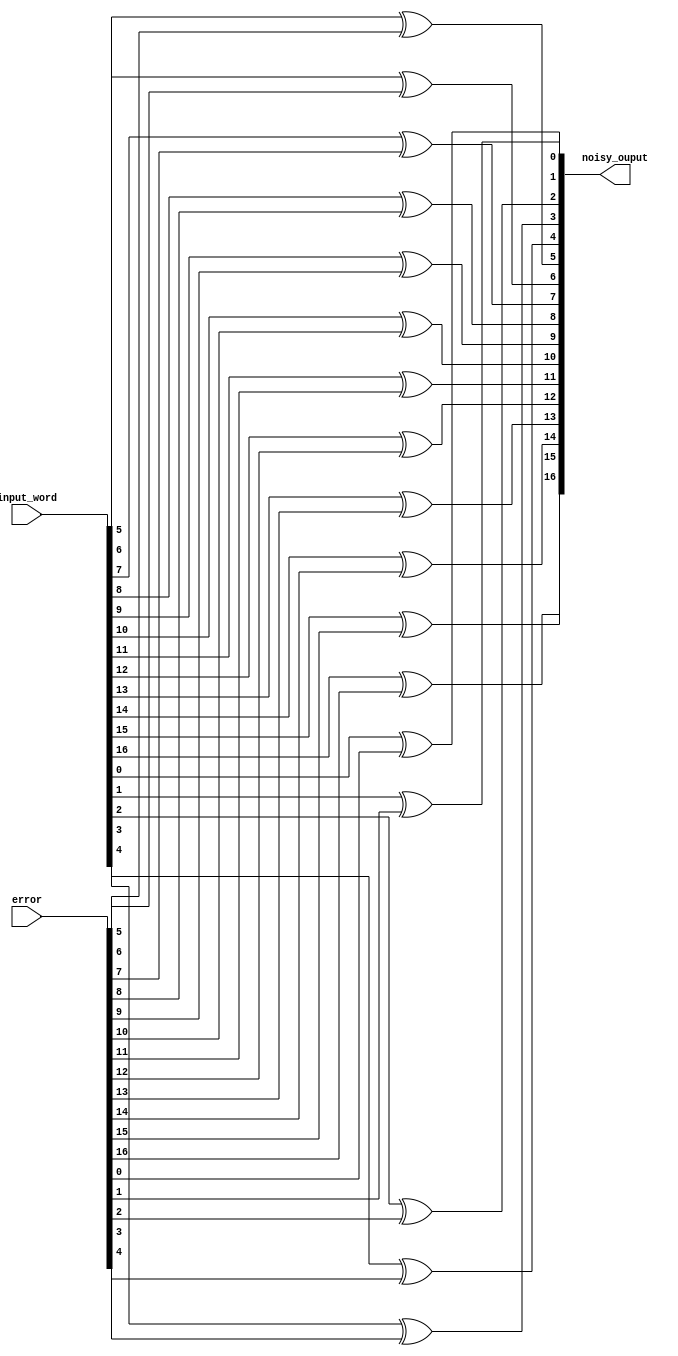
module Noisy_Channel(   output wire[17:1] noisy_ouput,
                        input wire[17:1] input_word,
                        input wire[17:1] error);

xor(noisy_ouput[1], input_word[1], error[1]);
xor(noisy_ouput[2], input_word[2], error[2]);
xor(noisy_ouput[3], input_word[3], error[3]);
xor(noisy_ouput[4], input_word[4], error[4]);
xor(noisy_ouput[5], input_word[5], error[5]);
xor(noisy_ouput[6], input_word[6], error[6]);
xor(noisy_ouput[7], input_word[7], error[7]);
xor(noisy_ouput[8], input_word[8], error[8]);
xor(noisy_ouput[9], input_word[9], error[9]);
xor(noisy_ouput[10], input_word[10], error[10]);
xor(noisy_ouput[11], input_word[11], error[11]);
xor(noisy_ouput[12], input_word[12], error[12]);
xor(noisy_ouput[13], input_word[13], error[13]);
xor(noisy_ouput[14], input_word[14], error[14]);
xor(noisy_ouput[15], input_word[15], error[15]);
xor(noisy_ouput[16], input_word[16], error[16]);
xor(noisy_ouput[17], input_word[17], error[17]);

// Could I create this with a genvar and a for loop and if so how?

endmodule